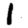
Digit: 1